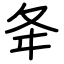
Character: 夅